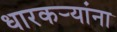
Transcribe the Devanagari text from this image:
धारकर्‍यांना